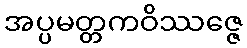
အပ္ပမတ္တကဝိဿဇ္ဇေ